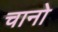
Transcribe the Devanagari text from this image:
चानो